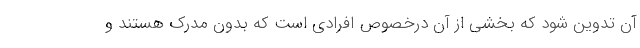
آن تدوین شود که بخشی از آن درخصوص افرادی است که بدون مدرک هستند و